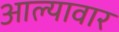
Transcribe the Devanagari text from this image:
आल्यावार